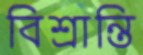
বিশ্রান্তি